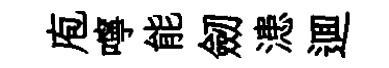
庖嚀能劒漶逥